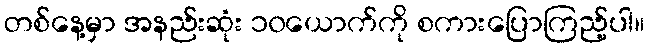
တစ်နေ့မှာ အနည်းဆုံး ၁၀ယောက်ကို စကားပြောကြည့်ပါ။